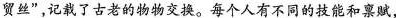
贸丝”，记载了古老的物物交换。每个人有不同的技能和禀赋，